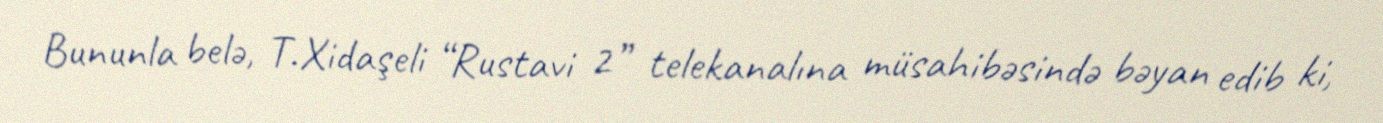
Bununla belə, T.Xidaşeli “Rustavi 2” telekanalına müsahibəsində bəyan edib ki,